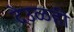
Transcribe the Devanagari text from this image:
देउळही